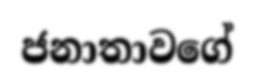
ජනාතාවගේ